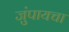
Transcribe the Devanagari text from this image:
जुंपायचा